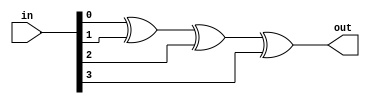
module parityGen(in,out);
	//Even Parity Generator
	input [3:0] in;
	output out;
	assign out=in[0]^in[1]^in[2]^in[3];
endmodule
module tb_parity;
	reg [3:0] in;
	wire out;
	parityGen pg(in,out);
	initial
	begin
		in=4'd0;
		$monitor("in=%b, out=%b",in,out);
		#5 in=4'b0001;
		#5 in=4'b0011;
		#5 in=4'b1011;
		#5 in=4'b1001;
		#5 in=4'b1111;
	end
endmodule